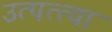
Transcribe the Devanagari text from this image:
उत्पत्त्या